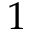
1